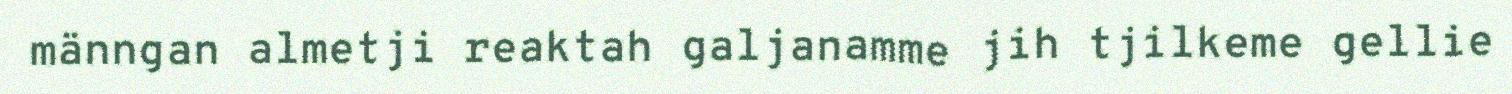
männgan almetji reaktah galjanamme jih tjilkeme gellie